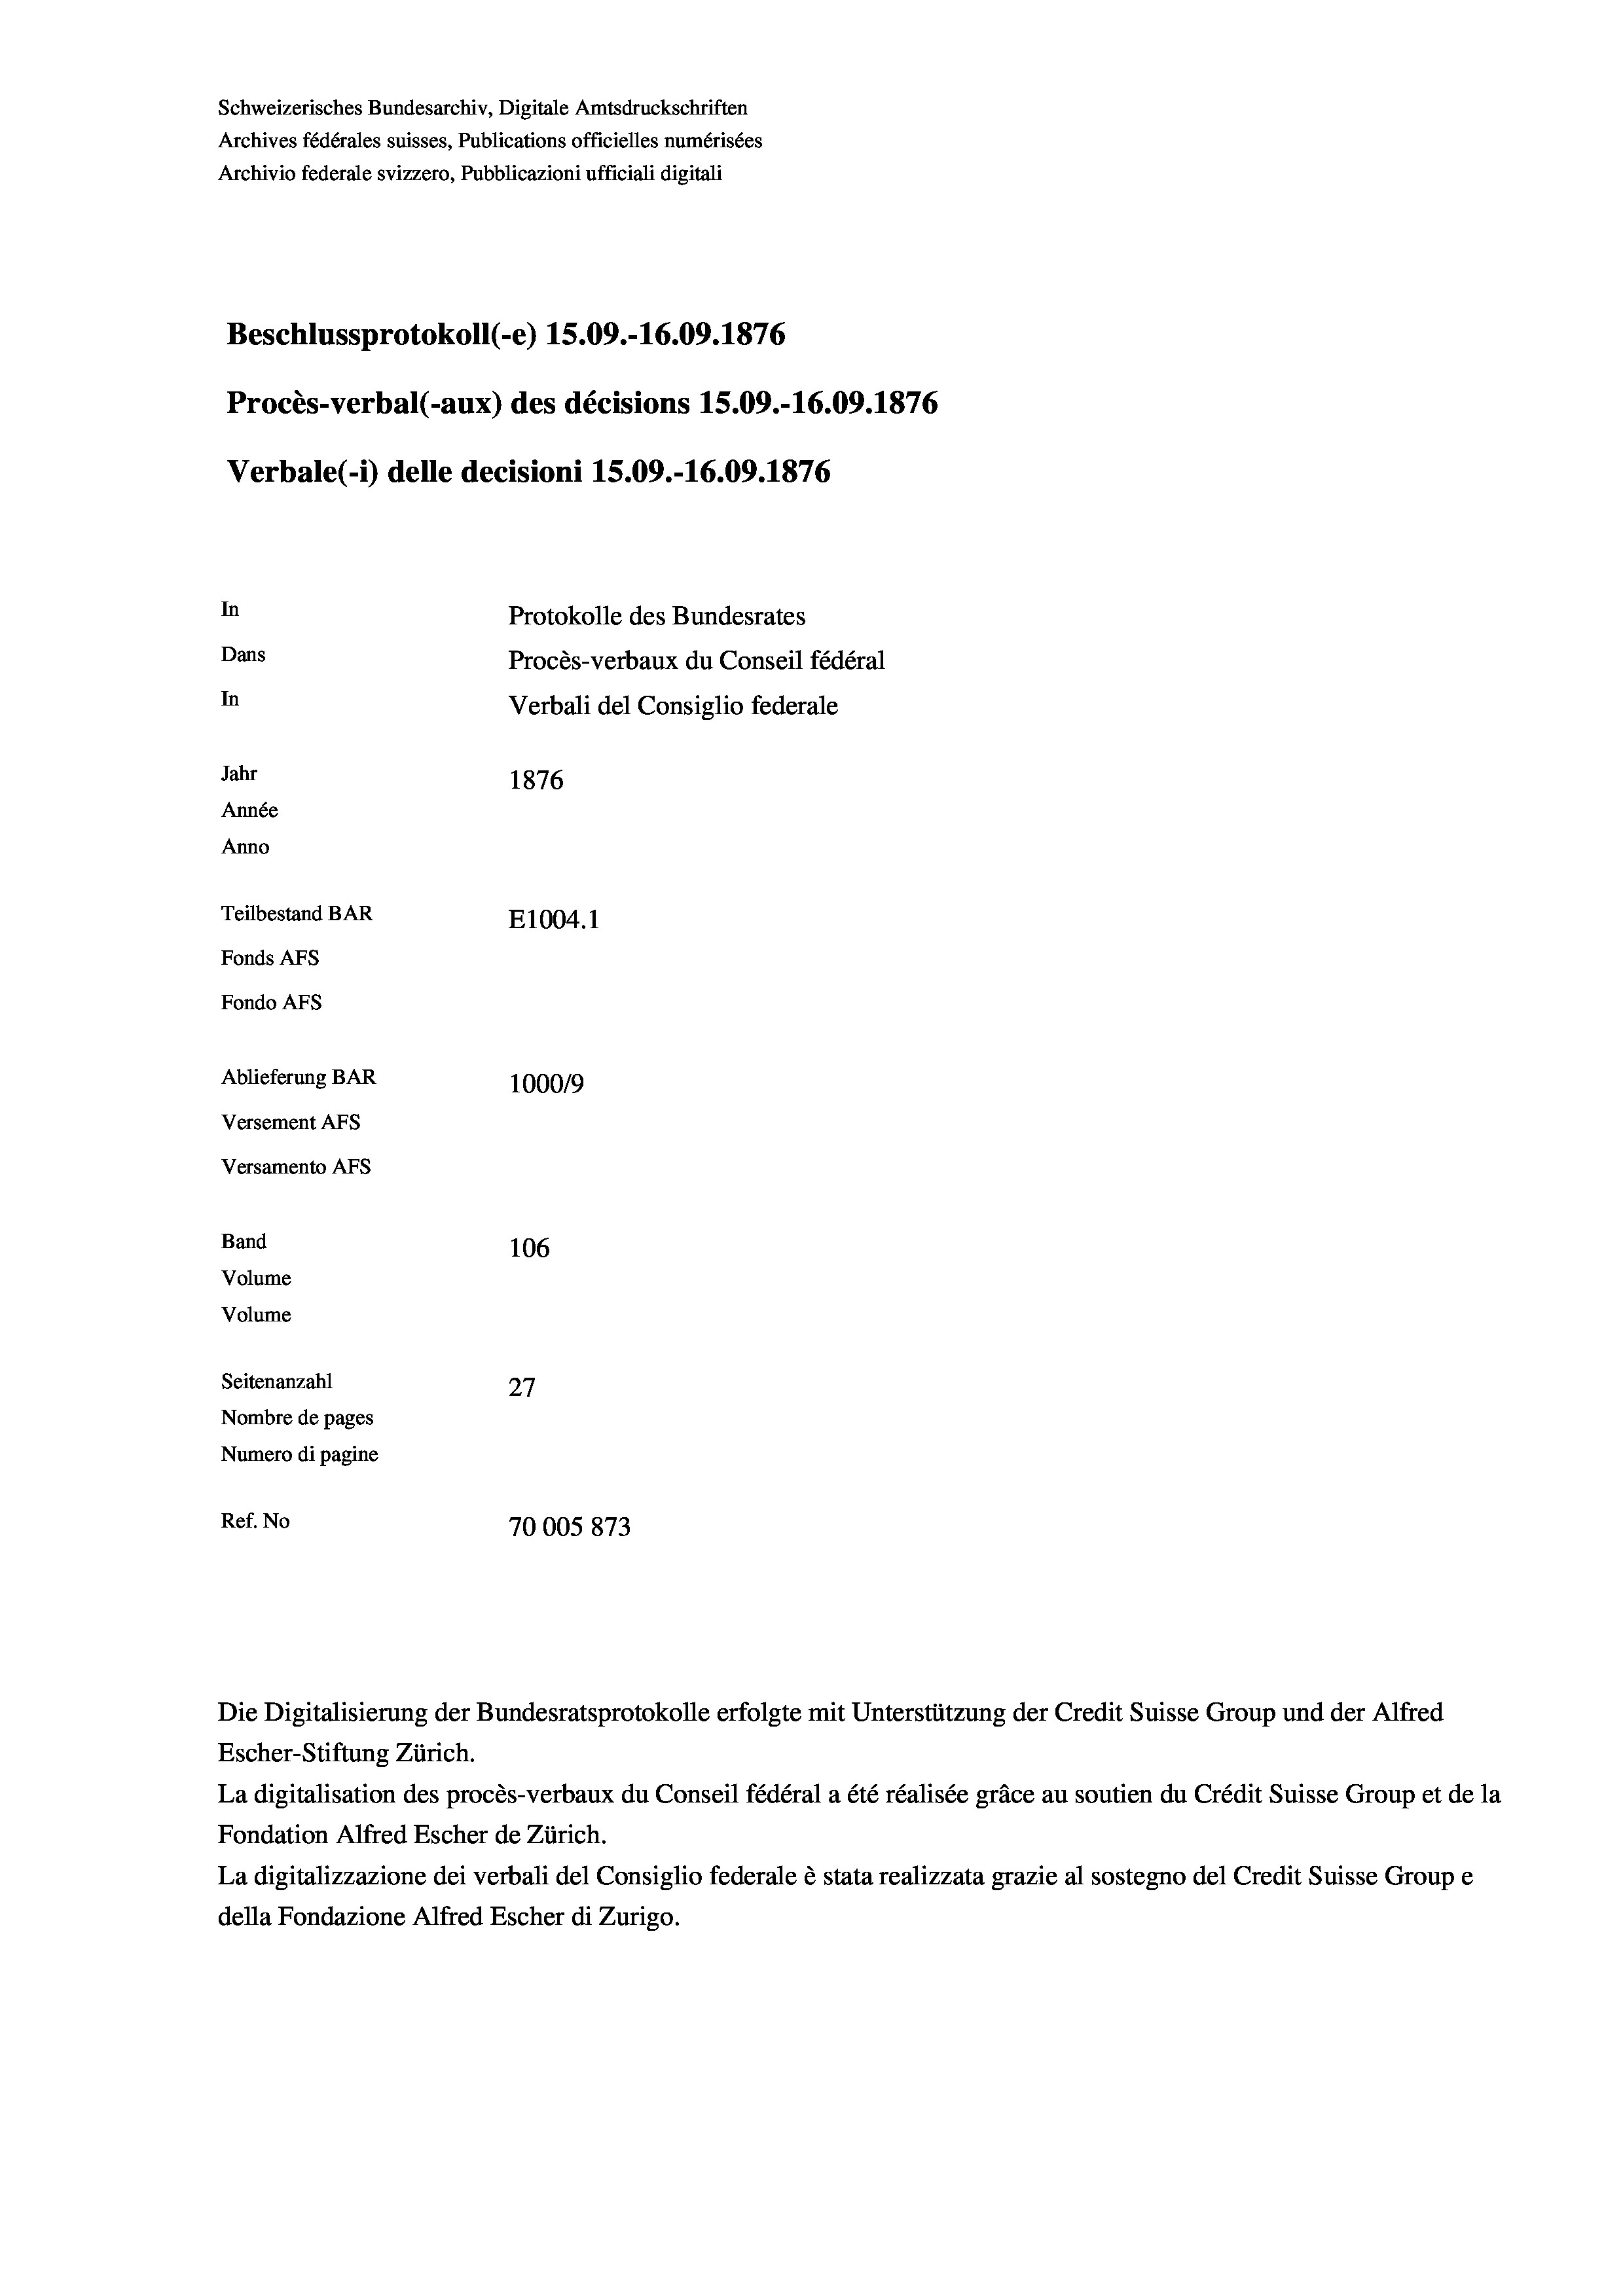
Schweizerisches Bundesarchiv, Digitale Amtsdruckschriften
Archives fédérales suisses, Publications officielles numérisées
Archivio federale svizzero, Pubblicazioni ufficiali digitali
Beschlussprotokoll (-e) 15.09.-16.09. 1876
Procès-verbal (-aux) des décisions 15.09.-16.09. 1876
Verbale (1) delle decisioni 15.09.-16.09. 1876
In
Protokolle des Bundesrates
Dans
Procès-verbaux du Conseil fédéral
In
Verbali del Consiglio federale
Jahr
1876
Année
Anno
Teilbestand BAR
E1004. 1
Fonds AFs
Fondo Afs
Ablieferung BAR
100019
Versement AFs
Versamento Afs
Band
106
Volume
Volume
Seitenanzahl
27
Nombre de pages
Numero di pagine
Ref. No
70005 873

Die Digitalisierung der Bundesratsprotokolle erfolgte mit Unterstützung der Credit Suisse Group und der Alfred

Escher-Stiftung Zürich.
La digitalisation des procès-verbaux du Conseil fédéral a été réalisée gräce au soutien du Crédit Suisse Group et de la
Fondation Alfred Escher de Zürich.
La digitalizzazione dei verbali del Consiglio federale è stata realizzata grazie al sostegno del Credit Suisse Groupe
della Fondazione Alfred Escher di Zurigo.